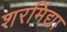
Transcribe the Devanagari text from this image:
शरमिंद्या